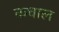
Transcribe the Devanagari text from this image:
कचाल